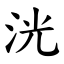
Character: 洸